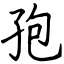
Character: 孢